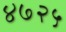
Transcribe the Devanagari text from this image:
४७२५